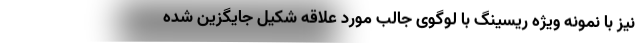
نیز با نمونه ویژه ریسینگ با لوگوی جالب مورد علاقه شکیل جایگزین شده